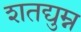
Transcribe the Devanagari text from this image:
शतद्युम्न